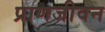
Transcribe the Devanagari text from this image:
प्राणजीवन